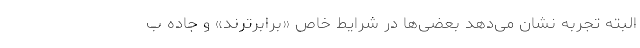
البته تجربه نشان می‌دهد بعضی‌ها در شرایط خاص «برابرترند» و جاده ب